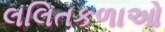
લલિતકળાઓ